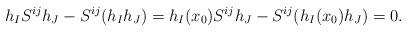
LaTeX: \begin{align*}h_IS^{ij}h_J-S^{ij}(h_Ih_J)=h_I(x_0)S^{ij}h_J-S^{ij}(h_I(x_0)h_J)=0.\end{align*}